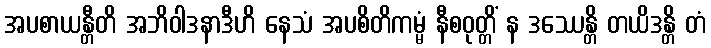
အပစာယန္တီတိ အဘိဝါဒနာဒီဟိ နေသံ အပစိတိကမ္မံ နီစဝုတ္တိံ န ဒဿေန္တိ တယိဒန္တိ တံ